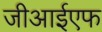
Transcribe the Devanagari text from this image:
जीआईएफ